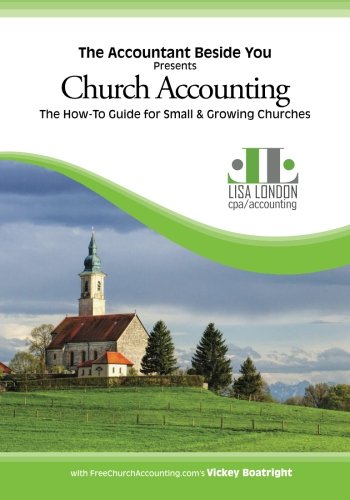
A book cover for Church Accounting: The How To Guide for Small & Growing Churches (The Accountant Beside You); Vickey Boatright; Christian Books & Bibles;